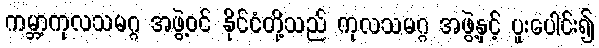
ကမ္ဘာ့ကုလသမဂ္ဂ အဖွဲ့ဝင် နိုင်ငံတို့သည် ကုလသမဂ္ဂ အဖွဲ့နှင့် ပူးပေါင်း၍